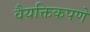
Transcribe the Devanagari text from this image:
वैयक्तिकपणे